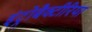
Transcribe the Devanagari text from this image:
इंट्रोबैक्टीरिया